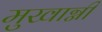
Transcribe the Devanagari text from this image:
मुखाग्नी